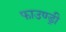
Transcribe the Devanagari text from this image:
फाउण्ड्री